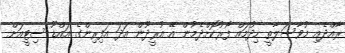
ރާއްދެއި މުވާސަލާތީ ހިދުމައް ފޯރުކޮށްދެމުން އޭ އުރީދޫން އަދަ އަފިރިންގެ އައްޑޫ ސިޓީއަށް